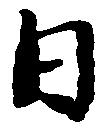
日